Annual administration report of the Civil Veterinary Department of India - 1896-1897
Year: 1896
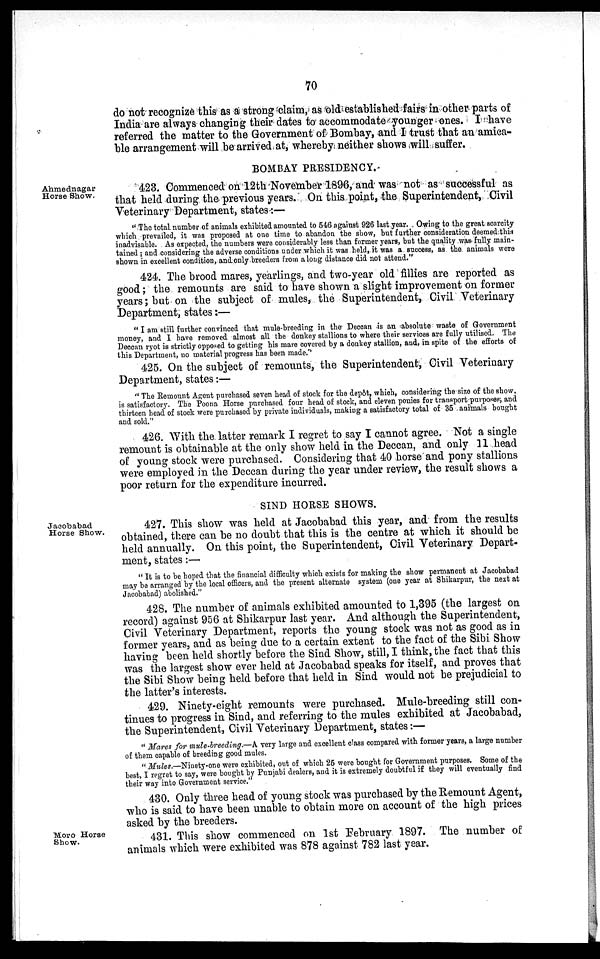
70
do not recognize this as a strong claim, as old established fairs in other parts of
India are always changing their dates to accommodate younger ones. I have
referred the matter to the Government of Bombay, and I trust that an amica-
ble arrangement will be arrived at, whereby neither shows will suffer.
BOMBAY PRESIDENCY.
Ahmednagar
Horse Show.
423. Commenced on 12th November 1896, and was not as successful as
that held during the previous years. On this point, the Superintendent, Civil
Veterinary Department, states:—
"The total number of animals exhibited amounted to 546 against 926 last year. Owing to the great scarcity
which prevailed, it was proposed at one time to abandon the show, but further consideration deemed this
inadvisable. As expected, the numbers were considerably less than former years, but the quality was fully main-
tained ; and considering the adverse conditions under which it was held, it was a success, as the animals were
shown in excellent condition, and only breeders from a long distance did not attend."
424. The brood mares, yearlings, and two-year old fillies are reported as
good; the remounts are said to have shown a slight improvement on former
years; but on the subject of mules, the Superintendent, Civil Veterinary
Department, states:—
"I am still further convinced that mule-breeding in the Deccan is an absolute waste of Government
money, and I have removed almost all the donkey stallions to where their services are fully utilised. The
Deccan ryot is strictly opposed to getting his mare covered by a donkey stallion, and, in spite of the efforts of
this Department, no material progress has been made."
425. On the subject of remounts, the Superintendent, Civil Veterinary
Department, states:—
"The Remount Agent purchased seven head of stock for the depôt, which, considering the size of the show,
is satisfactory. The Poona Horse purchased four head of stock, and eleven ponies for transport purposes, and
thirteen head of stock were purchased by private individuals, making a satisfactory total of 35 animals bought
and sold."
426. With the. latter remark I regret to say I cannot agree. Not a single
remount is obtainable at the only show held in the Deccan, and only 11 head
of young stock were purchased. Considering that 40 horse and pony stallions
were employed in the Deccan during the year under review, the result shows a
poor return for the expenditure incurred.
SIND HORSE SHOWS.
Jacobabad
Horse Show.
427. This show was held at Jacobabad this year, and from the results
obtained, there can be no doubt that this is the centre at which it should be
held annually. On this point, the Superintendent, Civil Veterinary Depart-
ment, states :—
" It is to be hoped that the financial difficulty which exists for making the show permanent at Jacobabad
may be arranged by the local officers, and the present alternate system (one year at Shikarpur, the next at
Jacobabad) abolished."
428. The number of animals exhibited amounted to 1,395 (the largest on
record) against 956 at Shikarpur last year. And although the Superintendent,
Civil Veterinary Department, reports the young stock was not as good as in
former years, and as being due to a certain extent to the fact of the Sibi Show
having been held shortly before the Sind Show, still, I think, the fact that this
was the largest show ever held at Jacobabad speaks for itself, and proves that
the Sibi Show being held before that held in Sind would not be prejudicial to
the latter's interests.
429. Ninety-eight remounts were purchased. Mule-breeding still con-
tinues to progress in Sind, and referring to the mules exhibited at Jacobabad,
the Superintendent, Civil Veterinary Department, states:—
"Mares for mule-breeding.—A very large and excellent class compared with former years, a large number
of them capable of breeding good mules.
"Mules.—Ninety-one were exhibited, out of which 25 were bought for Government purposes. Some of the
best, I regret to say, were bought by Punjabi dealers, and it is extremely doubtful if they will eventually find
their way into Government service."
430. Only three head of young stock was purchased by the Remount Agent,
who is said to have been unable to obtain more on account of the high prices
asked by the breeders.
Moro Horse
Show.
431. This show commenced on 1st February 1897. The number of
animals which were exhibited was 878 against 782 last year.